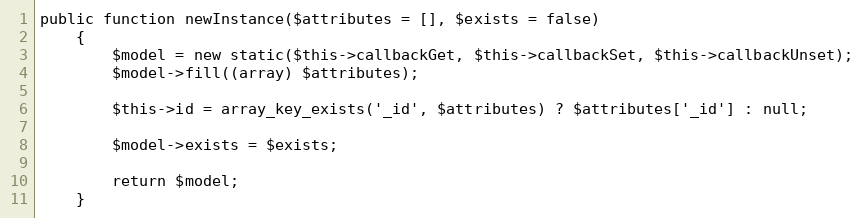
Language: PHP
public function newInstance($attributes = [], $exists = false)
    {
        $model = new static($this->callbackGet, $this->callbackSet, $this->callbackUnset);
        $model->fill((array) $attributes);

        $this->id = array_key_exists('_id', $attributes) ? $attributes['_id'] : null;

        $model->exists = $exists;

        return $model;
    }